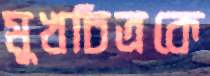
মুখচিত্রকে